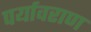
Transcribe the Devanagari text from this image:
पर्यावराण